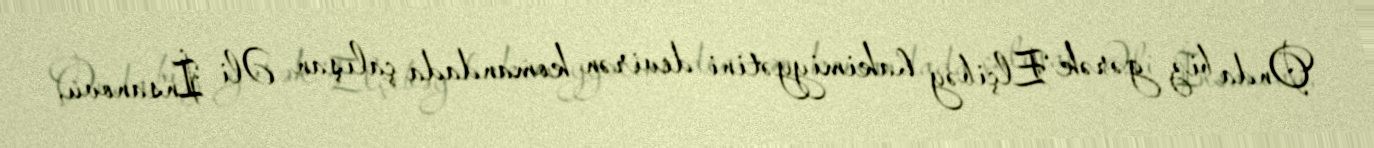
Onda biz gərək Elçibəy hakimiyyətini devirən komandada çalışan Əli İnsanovu,